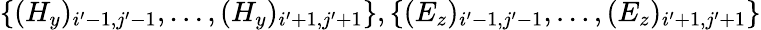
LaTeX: \{ (H_{y})_{i^{\prime}-1,j^{\prime}-1},\ldots,(H_{y})_{i^{\prime}+1,j^{\prime}+1}\} ,\{ (E_{z})_{i^{\prime}-1,j^{\prime}-1},\ldots,(E_{z})_{i^{\prime}+1,j^{\prime}+1}\}